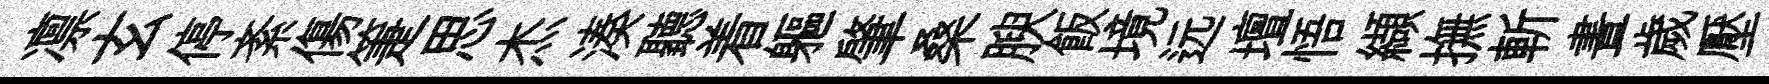
凛玄停紊傷箑思杰湊聽着軀肇桑腴飯境远壇悟纈撫斬晝歲壓滹~